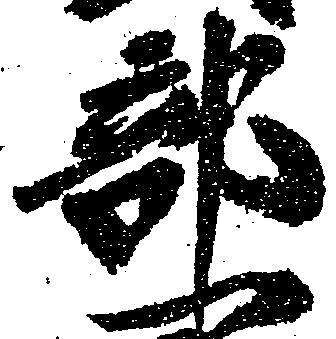
部